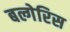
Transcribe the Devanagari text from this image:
बल्गेरिस